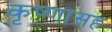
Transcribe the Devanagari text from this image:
कृष्णासह